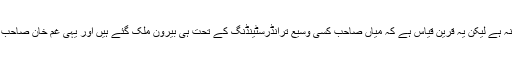
اس کہانی کے پیچھے کتنا سچ اور کتنا افسانہ ہے لیکن یہ قرین قیاس ہے کہ میاں صاحب کسی وسیع ترانڈرسٹینڈنگ کے تحت ہی بیرون ملک گئے ہیں اور یہی غم خان صاحب اور ان کے حواریوں کو کھائے جا رہا ہے۔